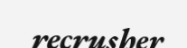
recrusher